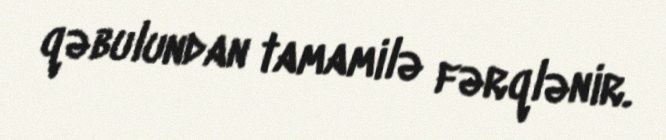
qəbulundan tamamilə fərqlənir.